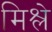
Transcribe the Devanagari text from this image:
मिश्ले